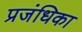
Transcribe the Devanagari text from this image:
प्रजंधिका